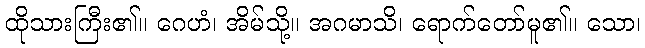
ထိုသားကြီး၏။ ဂေဟံ၊ အိမ်သို့။ အဂမာသိ၊ ရောက်တော်မူ၏။ သော၊